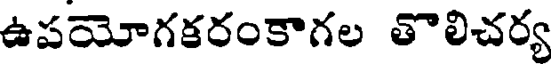
ఉపయోగకరంకాగల తొలిచర్య